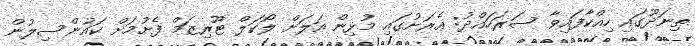
ތިނަދޫގައި ހިއްކާފައިވާ ސަރަހައްދު: އެރަށުގައި މުޅިން އަލަށް ލޯކަލް ޓޫރިޒަމް ފެށުމަށް ކައުންސިލުން